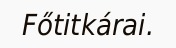
Főtitkárai.